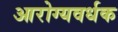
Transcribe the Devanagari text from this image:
आरोग्‍यवर्धक